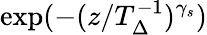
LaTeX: \exp(-(z/T_{\Delta}^{-1})^{\gamma_{s}})